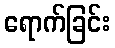
ရောက်ခြင်း